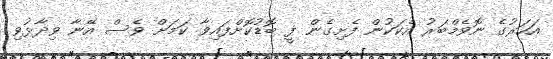
އަހަރުގެ ނޮވެމްބަރު އެކަކުން ފެށިގެން ފީ ބޮޑުކޮށްފައިވާ ކަމަށް ވެސް އޭނާ ވިދާޅުވި